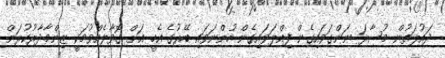
ދައުލަތުން މުސާރަ ނަންގަވައިގެން ފިއްލަވައިގެން ހުންނަވައި ބޭރުގެ އެހީ އަށް ގޮވާލެއްވުމަކީ ޒިންމާދާރުކުރަން